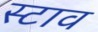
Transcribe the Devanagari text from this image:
स्टाव